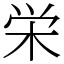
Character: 栄